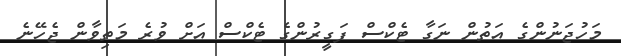
މަހުޖަނުންގެ އަތުން ނަގާ ޓެކްސް ފަގީރުންގެ ޓެކްސް އަށް ވުރެ މަތިވާން ޖެހޭނެ